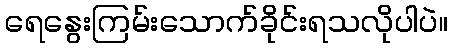
ရေနွေးကြမ်းသောက်ခိုင်းရသလိုပါပဲ။